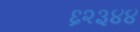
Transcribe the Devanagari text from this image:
६२३४४